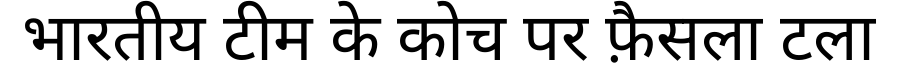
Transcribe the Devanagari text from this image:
भारतीय टीम के कोच पर फ़ैसला टला